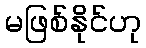
မဖြစ်နိုင်ဟု